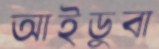
আইডুবা